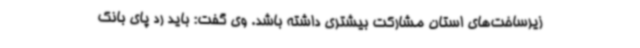
زیرساخت‌های استان مشارکت بیشتری داشته باشد. وی گفت: باید رد پای بانک